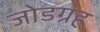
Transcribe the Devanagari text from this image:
जोडग्रह